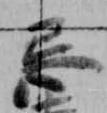
忌